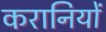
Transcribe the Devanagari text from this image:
करानियों